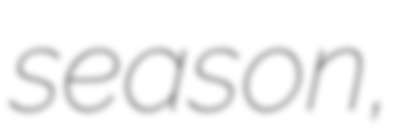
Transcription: season,